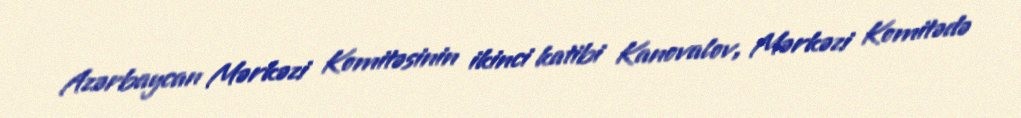
Azərbaycan Mərkəzi Komitəsinin ikinci katibi Kanovalov, Mərkəzi Komitədə